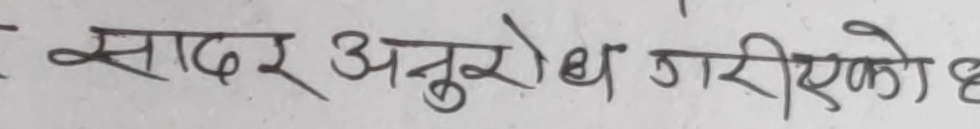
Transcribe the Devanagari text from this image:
सादर अनुरोध गरिएको छ